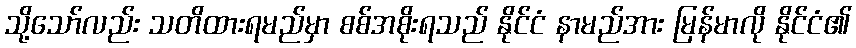
သို့သော်လည်း သတိထားရမည်မှာ စစ်အစိုးရသည် နိုင်ငံ နာမည်အား မြန်မာလို နိုင်ငံ၏